Civil Veterinary Department Bengal reports 1933-51 - 1933-1951
Year: 1933
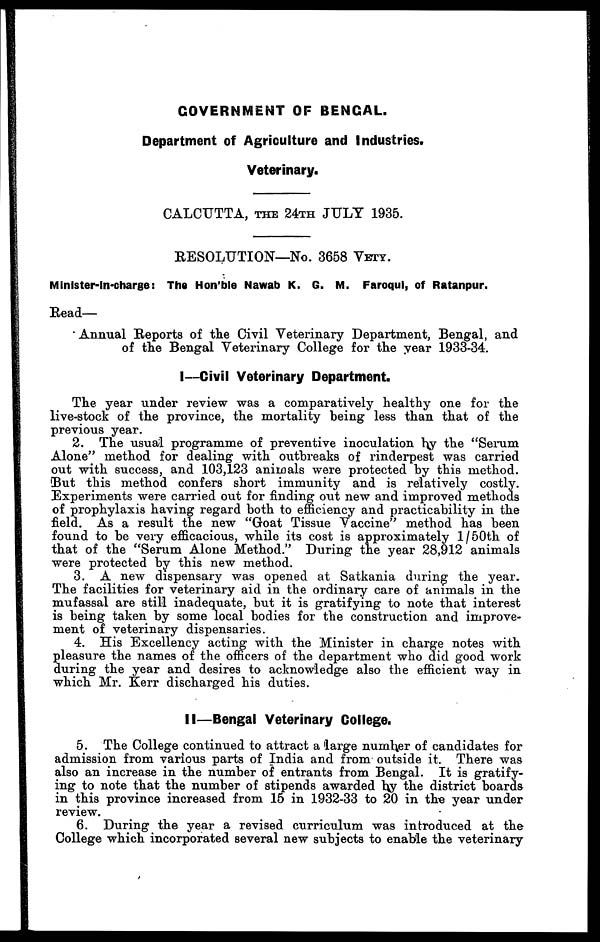
GOVERNMENT OF BENGAL.
Department of Agriculture and Industries.
Veterinary.
CALCUTTA, THE 24TH JULY 1935.
RESOLUTION—No. 3658 VETY.
Minister-in-charge: The Hon'ble Nawab K. G. M. Faroqui, of Ratanpur.
Read—
Annual Reports of the Civil Veterinary Department, Bengal, and
of the Bengal Veterinary College for the year 1933-34.
I—Civil Veterinary Department.
The year under review was a comparatively healthy one for the
live-stock of the province, the mortality being less than that of the
previous year.
2. The usual programme of preventive inoculation by the "Serum
Alone" method for dealing with outbreaks of rinderpest was carried
out with success, and 103,123 animals were protected by this method.
But this method confers short immunity and is relatively costly.
Experiments were carried out for finding out new and improved methods
of prophylaxis having regard both to efficiency and practicability in the
field. As a result the new "Goat Tissue Vaccine" method has been
found to be very efficacious, while its cost is approximately 1/50th of
that of the "Serum Alone Method." During the year 28,912 animals
were protected by this new method.
3. A new dispensary was opened at Satkania during the year.
The facilities for veterinary aid in the ordinary care of animals in the
mufassal are still inadequate, but it is gratifying to note that interest
is being taken by some local bodies for the construction and improve-
ment of veterinary dispensaries.
4. His Excellency acting with the Minister in charge notes with
pleasure the names of the officers of the department who did good work
during the year and desires to acknowledge also the efficient way in
which Mr. Kerr discharged his duties.
II—Bengal Veterinary College.
5. The College continued to attract a large number of candidates for
admission from various parts of India and from outside it. There was
also an increase in the number of entrants from Bengal. It is gratify-
ing to note that the number of stipends awarded by the district boards
in this province increased from 15 in 1932-33 to 20 in the year under
review.
6. During the year a revised curriculum was introduced at the
College which incorporated several new subjects to enable the veterinary